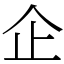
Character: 企